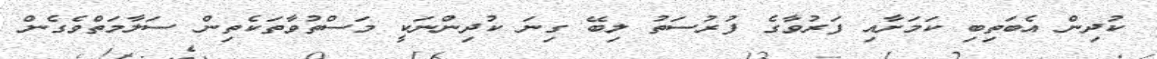
ކުދިން އެބަތިބި ކަމަށާއި ފަރުވާގެ ފުރުސަތު ލިބޭ ގިނަ ކުދިންނަކީ މަސްތުވާތަކެތިން ސަލާމަތްވެގެން